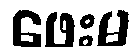
ဖေးမ